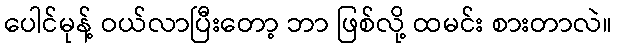
ပေါင်မုန့် ဝယ်လာပြီးတော့ ဘာ ဖြစ်လို့ ထမင်း စားတာလဲ။